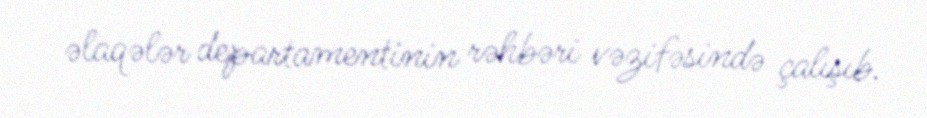
əlaqələr departamentinin rəhbəri vəzifəsində çalışıb.